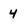
Character: 4